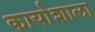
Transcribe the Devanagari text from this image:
कार्याशाला